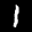
Label: 1